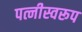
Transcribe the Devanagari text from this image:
पत्नीस्वरूप